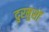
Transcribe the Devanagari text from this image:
दुरमुसों